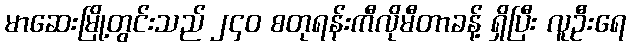
မာဆေးမြို့တွင်းသည် ၂၄၀ စတုရန်းကီလိုမီတာခန့် ရှိပြီး လူဦးရေ